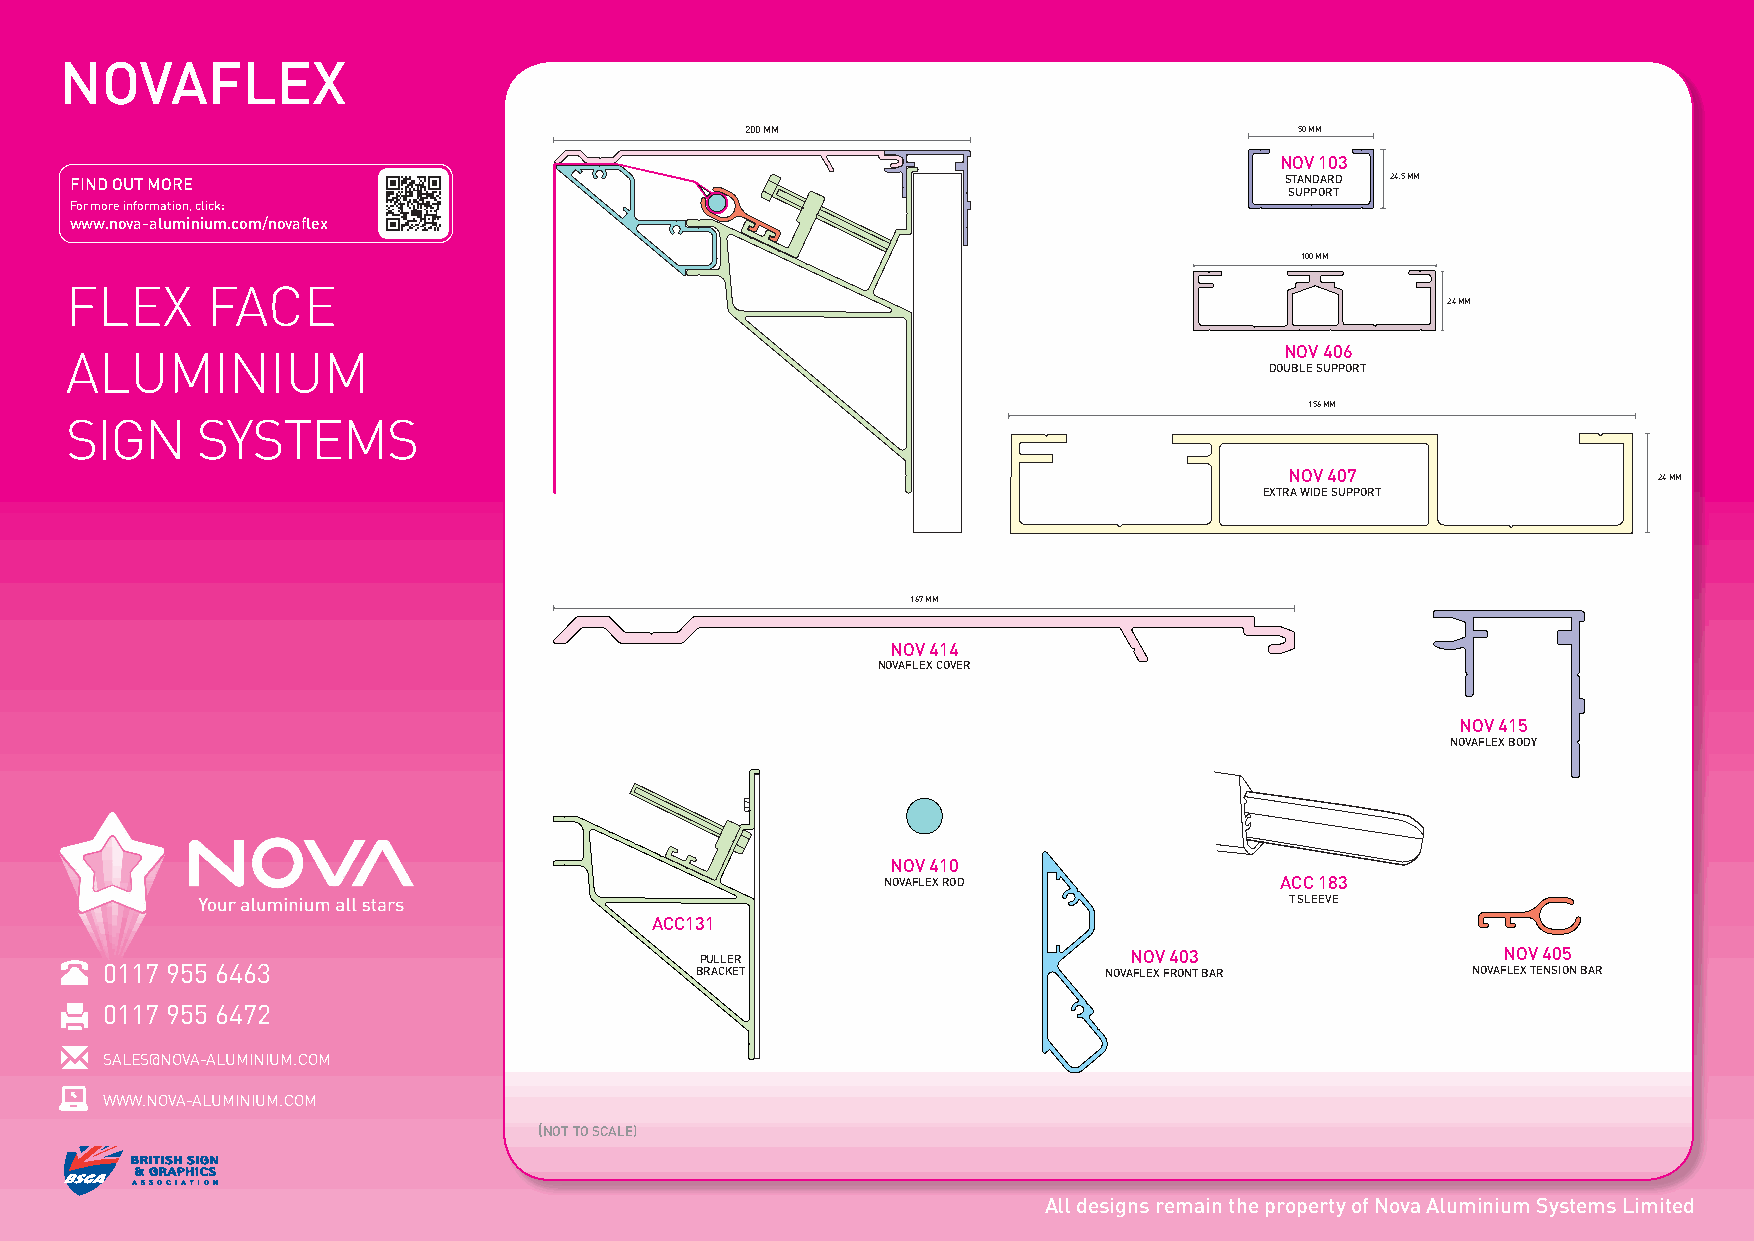
NOVAFLEX
 200 MM                               50 MM
 NOV 103
 FIND OUT MORE                                                                   STANDARD 24.5 MM
 SUPPORT
 For more information, click:
 www.nova-aluminium.com/novaflex
 100 MM
 FLEX      FACE
 24 MM
 ALUMINIUM                                                                        NOV 406
 DOUBLE SUPPORT
 156 MM
 SIGN     SYSTEMS
 NOV 407                  24 MM
 EXTRA WIDE SUPPORT
 167 MM
 NOV 414
 NOVAFLEX COVER
 NOV 415
 NOVAFLEX BODY
 NOV 410
 NOVAFLEX ROD              ACC 183
 T SLEEVE
 ACC131
 PULLER                       NOV 403                  NOV 405
 0117 955 6463                          BRACKET                    NOVAFLEX FRONT BAR      NOVAFLEX TENSION BAR
 0117 955 6472
 SALES@NOVA-ALUMINIUM.COM
 WWW.NOVA-ALUMINIUM.COM
 (NOT TO SCALE)
 All designs remain the property of Nova Aluminium Systems Limited